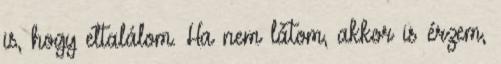
is, hogy eltalálom. Ha nem látom, akkor is érzem,